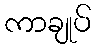
ကာချုပ်